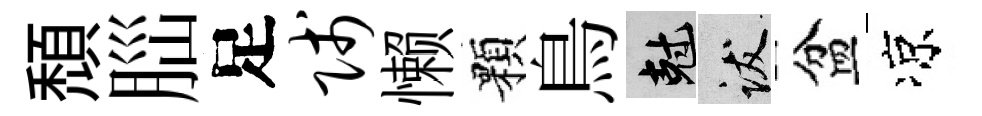
頹𦛁足贱懒顆鳥剋跋盆凉